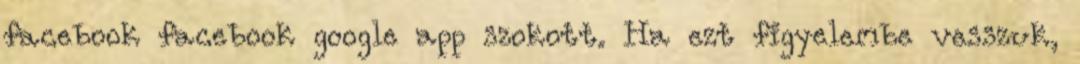
facebook facebook google app szokott. Ha ezt figyelembe vesszuk,